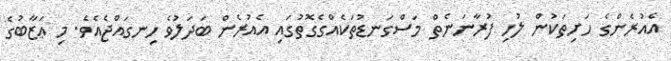
އެއުރެންގެ ހަށިތަކުން ލުހި ފުރާނަނެތް މަސްގަނޑުތަކެއްގެގޮތުގައި އެއުރެން ބަދަލުވެ ހިނގައްޖެއެވެ. މި ޢަޒާބުގެ